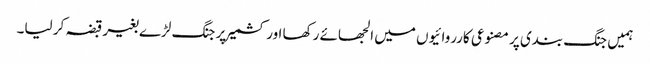
ہمیں جنگ بندی پر مصنوعی کارروائیوں میں الجھائے رکھا اور کشمیر پر جنگ لڑے بغیر قبضہ کر لیا۔